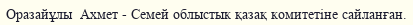
Оразайұлы  Ахмет - Семей облыстык қазақ комитетіне сайланған.